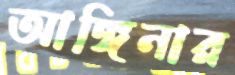
আঙ্গিনার